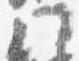
門